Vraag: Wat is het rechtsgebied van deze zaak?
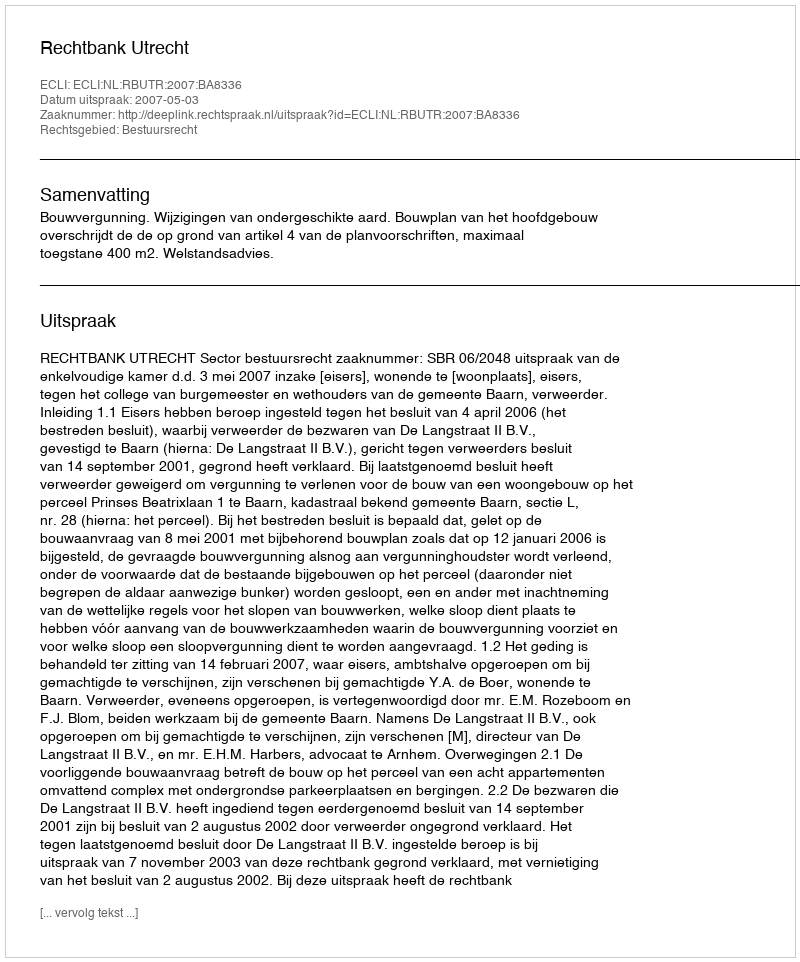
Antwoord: Bestuursrecht